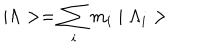
\mid \Lambda > = \sum _ { i } m _ { i } \mid \Lambda _ { i } >